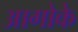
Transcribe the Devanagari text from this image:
आगोके